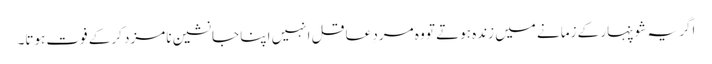
اگر یہ شوپنہار کے زمانے میں زندہ ہوتے تو وہ مردِ عاقل انہیں اپنا جانشین نامزد کرکے فوت ہوتا۔